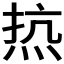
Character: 𰞠